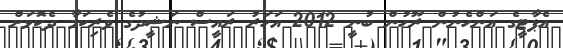
އެޕާޓީގެ އަންހެނުން ރޫހުން ބުނީ 2012 އަހަރު ރައީސް ނަޝީދުގެ ވެރިކަމާ ދެކޮޅަށް